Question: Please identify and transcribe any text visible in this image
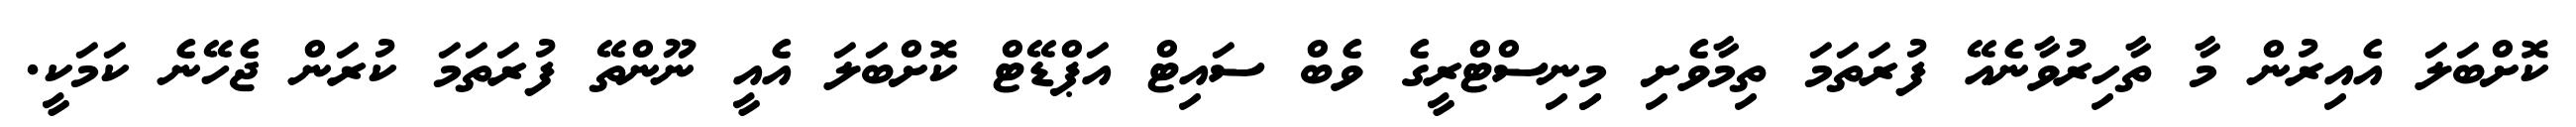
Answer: ކޮށްބަލަ އެއިރުން މާ ތާހިރުވާނެއޭ ފުރަތަމަ ތިމާވެށި މިިނިސްޓްރީގެ ވެބް ސައިޓް އަޕްޑޭޓް ކޮށްބަލަ އެއީ ނޫންތޭ ފުރަތަމަ ކުރަން ޖެހޭނެ ކަމަކީ.